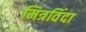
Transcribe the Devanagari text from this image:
मित्रविंदा